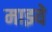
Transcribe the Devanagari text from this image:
माझ्ये